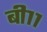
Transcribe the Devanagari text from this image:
बी११